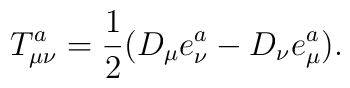
T_{\mu \nu }^a=\frac 12(D_\mu e_\nu ^a-D_\nu e_\mu ^a).